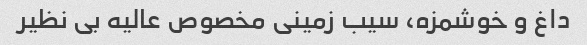
داغ و خوشمزه، سیب زمینی مخصوص عالیه بی نظیر